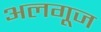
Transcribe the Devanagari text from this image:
अलगूज